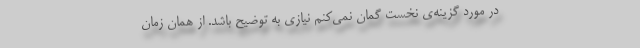
در مورد گزینه‌ی نخست گمان نمی‌کنم نیازی به توضیح باشد. از همان زمان